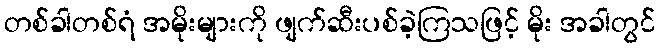
တစ်ခါတစ်ရံ အမိုးများကို ဖျက်ဆီးပစ်ခဲ့ကြသဖြင့် မိုး အခါတွင်